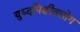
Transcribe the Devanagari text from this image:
युध्दपिडीतलोग